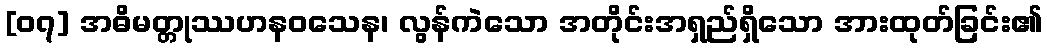
[၀၇] အဓိမတ္တုဿဟနဝသေန၊ လွန်ကဲသော အတိုင်းအရှည်ရှိသော အားထုတ်ခြင်း၏